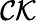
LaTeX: \mathcal{CK}